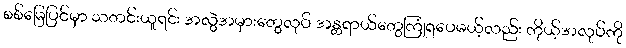
စစ်မြေပြင်မှာ သတင်းယူရင်း အလွဲအမှားတွေလုပ် အန္တရာယ်တွေကြုံရပေမယ့်လည်း ကိုယ့်အလုပ်ကို